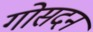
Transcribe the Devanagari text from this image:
गोसदन